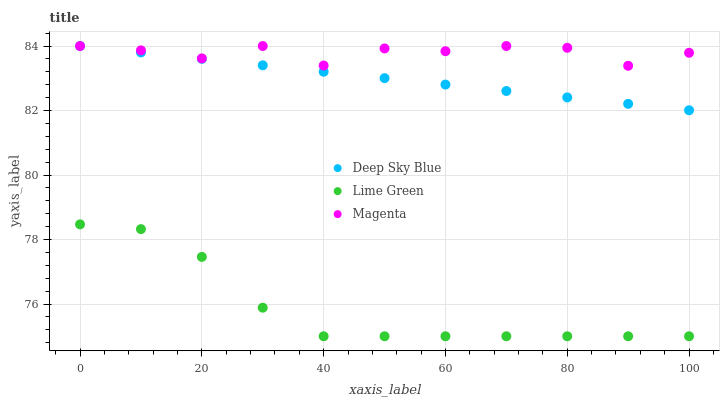
| xaxis_label | Deep Sky Blue | Lime Green | Magenta |
 | --- | --- | --- | --- |
 | 0 | 84 | 78.5 | 84 |
 | 10 | 83.8 | 78.3 | 83.9 |
 | 20 | 83.6 | 77.5 | 83.6 |
 | 30 | 83.4 | 75.9 | 84 |
 | 40 | 83.2 | 75 | 83.4 |
 | 50 | 83 | 75 | 83.9 |
 | 60 | 82.8 | 75 | 83.8 |
 | 70 | 82.6 | 75 | 84 |
 | 80 | 82.4 | 75 | 83.9 |
 | 90 | 82.2 | 75 | 83.4 |
 | 100 | 82 | 75 | 83.8 |